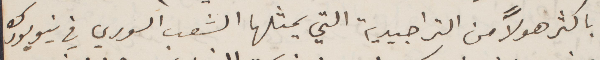
بأكثر هولًا من التراجيدية التي يمثلها الشعب السوري في نيويورك